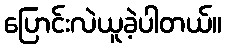
ပြောင်းလဲယူခဲ့ပါတယ်။